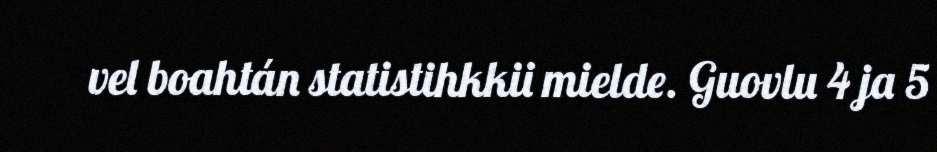
vel boahtán statistihkkii mielde. Guovlu 4 ja 5